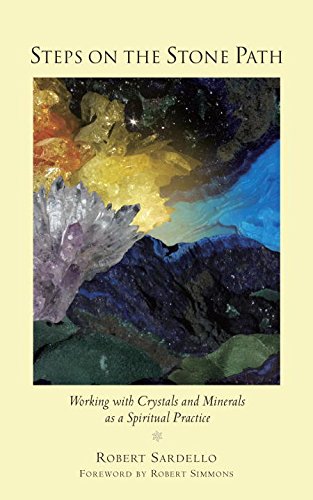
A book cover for Steps on the Stone Path: Working with Crystals and Minerals as a Spiritual Practice; Robert Sardello; Religion & Spirituality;